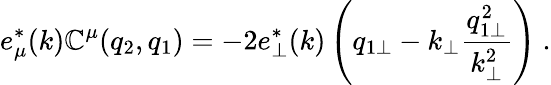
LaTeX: e_{\mu}^{*}(k)\mathbb{C}^{\mu}(q_{2},q_{1})=-2e_{\perp}^{*}(k)\left(q_{1\perp}-k_{\perp}\frac{{q_{1\perp}^{2}}}{{k_{\perp}^{2}}}\right)~.